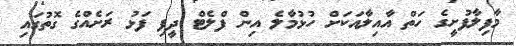
މާފިލާފުށީގެ ހަތް އާއިލާއަކަށް ހުޅުމާލެ އިން ފްލެޓް ދީފި ފަޅު ރަށެއްގެ ގޮތުގައި